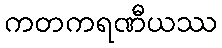
ကတကရဏီယဿ